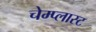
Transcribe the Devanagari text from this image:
चेम्प्लास्ट